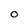
Character: 0